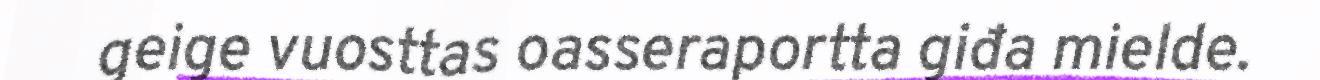
geige vuosttas oasseraportta giđa mielde.